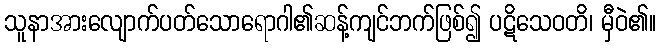
သူနာအားလျောက်ပတ်သောရောဂါ၏ဆန့်ကျင်ဘက်ဖြစ်၍ ပဋိသေဝတိ၊ မှီဝဲ၏။